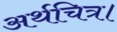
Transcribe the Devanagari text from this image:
अर्थचित्र।